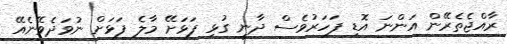
ރާއްޖެތެރޭން އަންނަ އޮޑި ފަހަރުވެސް ދާނީ ގުޅި ފަޅަށޭ މާލެ ފަޅަށް ނުވަދެވޭނެއޭ